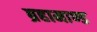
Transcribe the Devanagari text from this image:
ब्रहामाण्ड